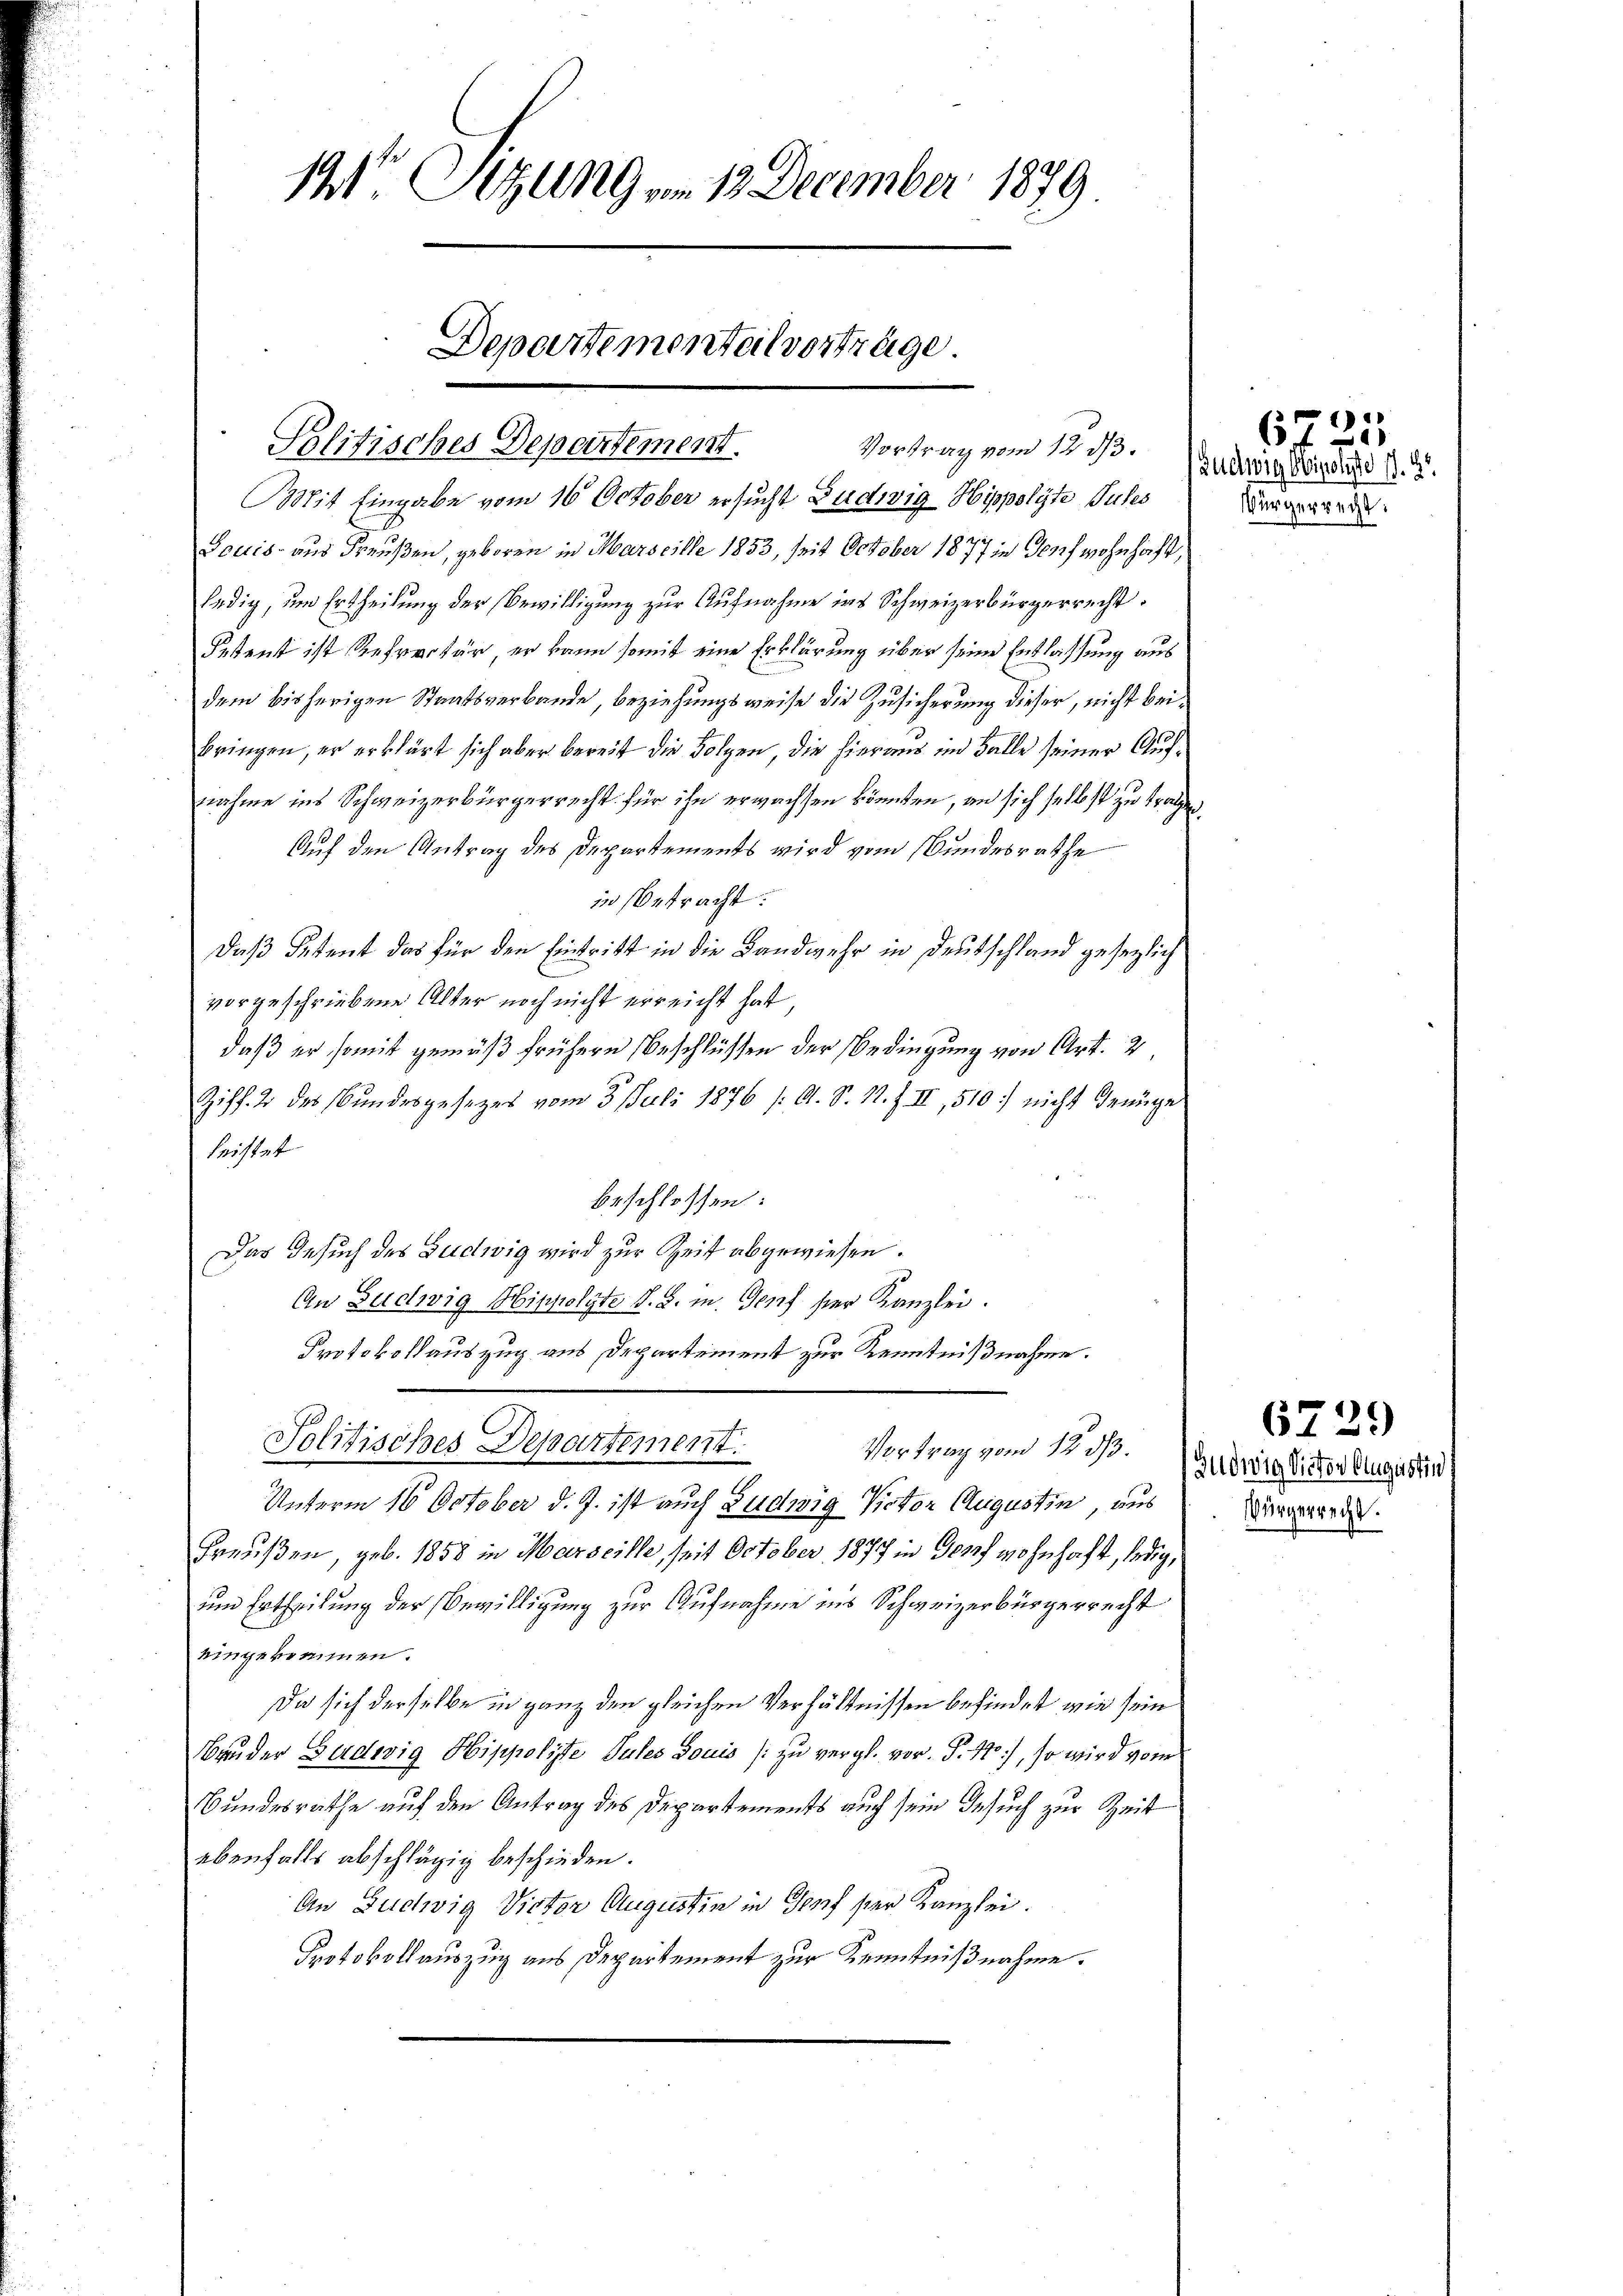
1te Sitzung . . 12 December 1879

Politisches Departement.

Departementeil vorträge

Mit Eingabe vom 16. October ersucht Ludwig Hippolyte Pules
Louis aus Freußen, geboren in Marseille 1853, seit October 1877 in Genf wohnhaft,
ledig, um Ertheilung der Bewilligung zur Aufnahme ins Schweizerbürgerrecht.
Petent ist Refertär, er kann somit eine Erklärung über seine Entlassung aus
dem bisherigen Staatsverbande, beziehungsweise die Zusicherung dieser, nicht bei
bringen, er erklärt sich aber bereit die Folgen, die hieraus im Falle seiner Aufnahme ins Schweizerbürgerrecht für ihn erwachsen könnten, an sich selbst zu tragen.
Auf den Antrag des Departements wird vom Bundesrathe
in betracht:
Daß Petent das für den Eintritt in die Landwehr in Deutschland gesezlich
vorgeschriebene Alter noch nicht erreicht hat
daß er somit gemäß frühere Beschlüssen der Bedingung von Art. 2
Ziff. 2 des Bundesgesezes vom 3. Juli 1876 /: A. S. N. Z. II, 510 nicht Genüge
leistet
beschlossen:
Das Gesuch des Ludwig wird zur Zeit abgewiesen.
An Sudwig Hippolgte S. S. m. Genf hier Kanzlei.
Protokollauszug aus Departement zur Kenntnißnahme.
Politisches Departement.
Vortrag vom 12. ds.
Unterm 16. October d. J. ist auch Ludwig Victor Augustin aus
Greußen, geb. 1858 in Marseille, seit October 1877 in Genf wohnhaft, ledig,
um Ertheilung der Bewilligung zur Aufnahme ins Schweizerbürgerrecht
eingekommen.
Da sich derselbe in ganz den gleichen Verhältnissen befindet, wie sein
Bruder Budwig Hippoliste Sules Louis (zu vergl. vor. P. 12), so wird von
Bundesrathe auf den Antrag des Departements auch sein Gesuch zur Zeit
ebenfalls abschlägig beschieden.
An Zuchig Victor Augustin in Genf ser Kanzlei.
Protokollauszug aus Departement zur Kenntnißnahme.

Vortrag vom 12 t. suchung bereits 14.

Würgerrecht

6725

6729

Gudwig Victor Augustin
Bürgerrecht.